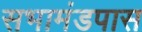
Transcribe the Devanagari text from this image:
सभामंडपास